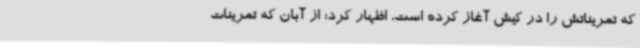
که تمریناتش را در کیش آغاز کرده است، اظهار کرد: از آبان که تمرینات